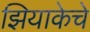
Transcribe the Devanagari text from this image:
झियाकेचे